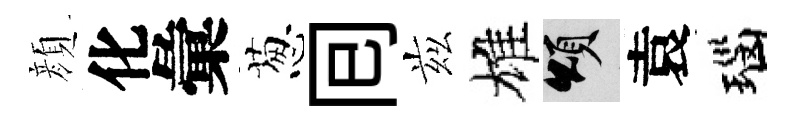
顔化彙葱囘兹雄頌袁瑙